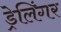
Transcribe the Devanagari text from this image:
ड्रेलिंगर